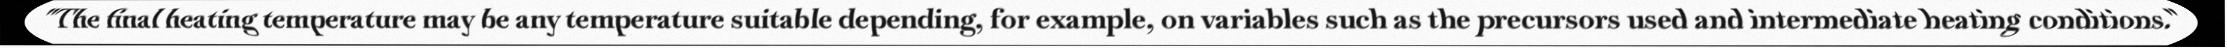
"The final heating temperature may be any temperature suitable depending, for example, on variables such as the precursors used and intermediate heating conditions."